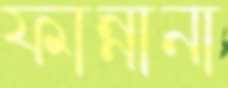
ফান্নানা